Report on horse surra - Volume II, Part II
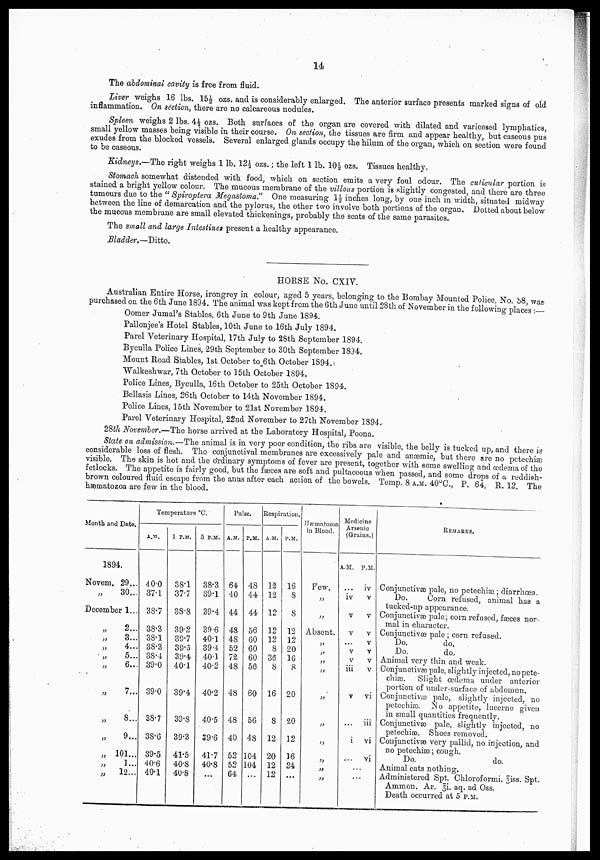
14
The abdominal cavity is free from fluid.
Liver weighs 16 lbs. 15½ ozs. and is considerably enlarged. The anterior surface presents marked signs of old
inflammation. On section, there are no calcareous nodules.
Sjpleen "weighs 2 lbs. 4½ ozs. Both surfaces of the organ are covered with dilated and varicosed lymphatics,
small yellow masses being visible in their course. On section, the tissues are firm and appear healthy, but caseous pus
exudes from the blocked vessels. Several enlarged glands occupy the hilum of the organ, which on section were found
to be caseous.
Kidneys.—The right weighs 1 lb. 12½ ozs.; the left 1 lb. 10½ ozs. Tissues healthy.
Stomach somewhat distended with food, which on section emits a very foul odour. The cuticular portion is
stained a bright yellow colour. The mucous membrane of the villous portion is slightly congested, and there are three
tumours due to the " Spiroptera Megastoma." One measuring 1½ inches long, by one inch in width, situated midway
between the line of demarcation and the pylorus, the other two involve both portions of the organ. Dotted about below
the mucous membrane are small elevated thickenings, probably the seats of the same parasites.
The small and large Intestines present a healthy appearance.
Bladder.—Ditto.
HORSE No. CXIV.
Australian Entire Horse, irongrey in colour, aged 5 years, belonging to the Bombay Mounted Police.. No. 58, was
purchased on the 6th June 1894. The animal was kept from the 6th June until 28th of November in the following places :—
Oomer Jumal's Stables, 6th June to 9th June 1894.
Pallonjee's Hotel Stables, 10th June to 16th July 1894.
Parel Veterinary Hospital, 17th July to 2Sth September 1894.
Byculla Police Lines, 29th September to 30th September 1894.
Mount Road Stables, 1st October to 6th October 1894.
Walkeshwar, 7th October to 15th October 1894.
Police Lines, Byculla, 16th October to 25th October 1894.
Bellasis Lines, 26th October to 14th November 1894.
Police Lines, 15th November to 21st November 1894.
Parel Veterinary Hospital, 22nd November to 27th November 1894..
28th November.—The horse arrived at the Laboratory Hospital, Poona.
State on admission.—The animal is in very poor condition, the ribs are visible, the belly is tucked up, and there is-
considerable loss of flesh. The conjunctival membranes are excessively pale and anaemic, but there are no petechia}
visible. The skin is hot and the ordinary symptoms of fever are present, together with some swelling and œdema of the
fetlocks. The appetite is fairly good, but the faeces are soft and pultaceous when passed, and some drops of a reddish-
brown coloured fluid escape from the anus after each action of the bowels. Temp. 8 A.M. 40°C., P. 64, R. 12. The
hæmatozoa are few in the blood.
Month and Date.
1894.
Novem.
„
29...
30...
December 1...
„
„
„
„
„
„
„
„
„
„
„
2...
3...
4...
5...
6...
7...
8...
9...
101...
1...
12...
Temperature °C.
A.M.
40.0
37.1
38.7
38.3
38.1
38.3
38.4
39.0
39.0
38.7
38.6
39.5
40.6
40.1
1 P.M.
38.1
37.7
38.8
39.2
39.7
39.5
39.4
40.1
39.4
39.8
39.3
41.5
40.8
40.8
5 P.M.
38.3
39.1
39.4
39.6
40.1
39.4
40.1
40.2
40.2
40.5
39.6
41.7
40.8
...
Pulse.
A.M.
64
40
44
48
48
52
72
48
48
48
40
52
52
64
P.M.
48
44
44
56
60
60
60
56
60
56
48
104
104
...
Respiration.
A.M.
12
12
12
12
12
8
36
8
16
8
12
20
12
12
P.M.
16
8
8
12
12
20
16
8
20
20
12
16
24
...
Hæmatozoa
in Blood.
Few.
„
„
Absent.
„
„
„
„
„
„
„
„
„
„
Medicine
Arsenic
(Grains.)
A.M.
iv
v
v
...
v
v
iii
v
...
i
...
...
..
P.M.
iv
v
v
v
v
v
v
v
vi
iii
vi
vi
...
...
REMARKS.
Conjunctivæ pale, no petechiæ diarrhœa.
Do.
Corn refused, animal has a
tucked-up appearance.
Conjunctivæ pale; corn refused, fæces nor-
mal in character.
Conjunctivæ
pale ; corn refused.
Do.
do.
Do.
do.
Animal very thin and weak.
Conjunctivæ pale, slightly injected, no pete-
chias. Slight œdema under anterior
portion of under-surface of abdomen.
Conjunctivæ pale, slightly injected, no
petechia). No appetite, lucerne given
in small quantities frequently.
Conjunctivæ pale, slightly injected, no
petechiæ. Shoes removed.
Conjunctivæ very pallid, no injection, and
no petechiæ; cough.
Do.
do.
Animal eats nothing.
Administered Spt. Chloroformi. 5iss. Spt,
Ammon. Ar. ,$i. aq. ad Oss.
Death occurred at 5 P.M.